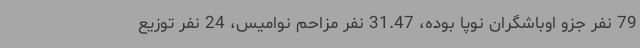
79 نفر جزو اوباشگران نوپا بوده، 31.47 نفر مزاحم نوامیس، 24 نفر توزیع